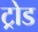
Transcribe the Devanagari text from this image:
ट्रोड